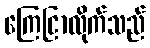
ကြေငြာလိုက်သည်